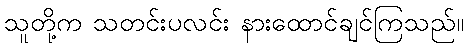
သူတို့က သတင်းပလင်း နားထောင်ချင်ကြသည်။